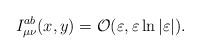
LaTeX: \begin{align*}I_{\mu \nu }^{ab}(x,y)={\cal O}(\varepsilon ,\varepsilon \ln |\varepsilon|).\end{align*}